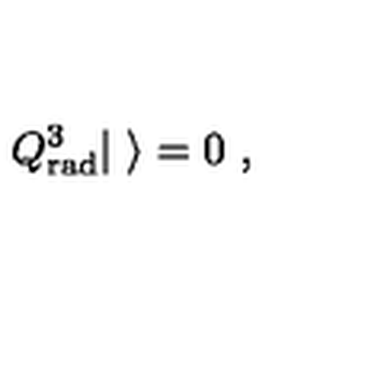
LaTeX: Q _ { \mathrm { r a d } } ^ { 3 } | \ \rangle = 0 \ ,